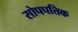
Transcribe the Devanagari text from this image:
सोपपत्तिक